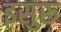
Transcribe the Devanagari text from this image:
इसुरू